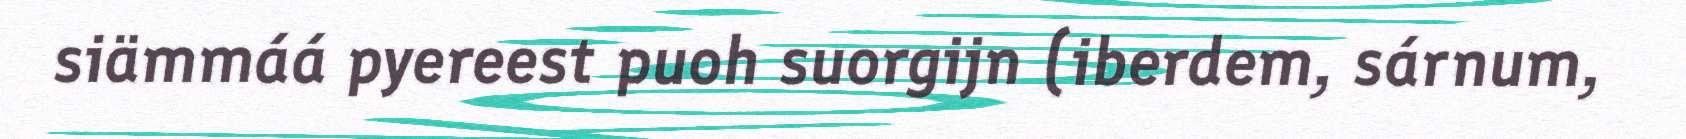
siämmáá pyereest puoh suorgijn (iberdem, sárnum,